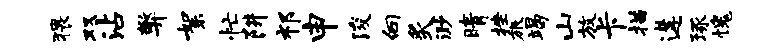
猥双沾弊絮忙阱祁申浚向炙渺晴挫旅竭山放卡描遘琢愧